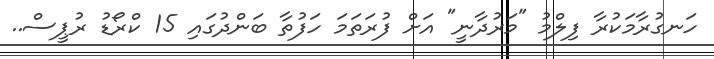
ހަނގުރާމަކުރާ ފިލްމު "މަރުދާނީ" އަށް ފުރަތަމަ ހަފުތާ ބަންދުގައި 15 ކްރޯޑު ރުޕީސް..